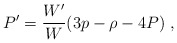
\begin{align*}P^{\prime }=\frac{W^{\prime }}{W}(3p-\rho -4P)\;, \end{align*}